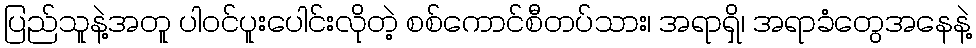
ပြည်သူနဲ့အတူ ပါဝင်ပူးပေါင်းလိုတဲ့ စစ်ကောင်စီတပ်သား၊ အရာရှိ၊ အရာခံတွေအနေနဲ့